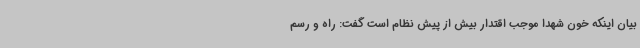
بیان اینکه خون شهدا موجب اقتدار بیش از پیش نظام است گفت: راه و رسم